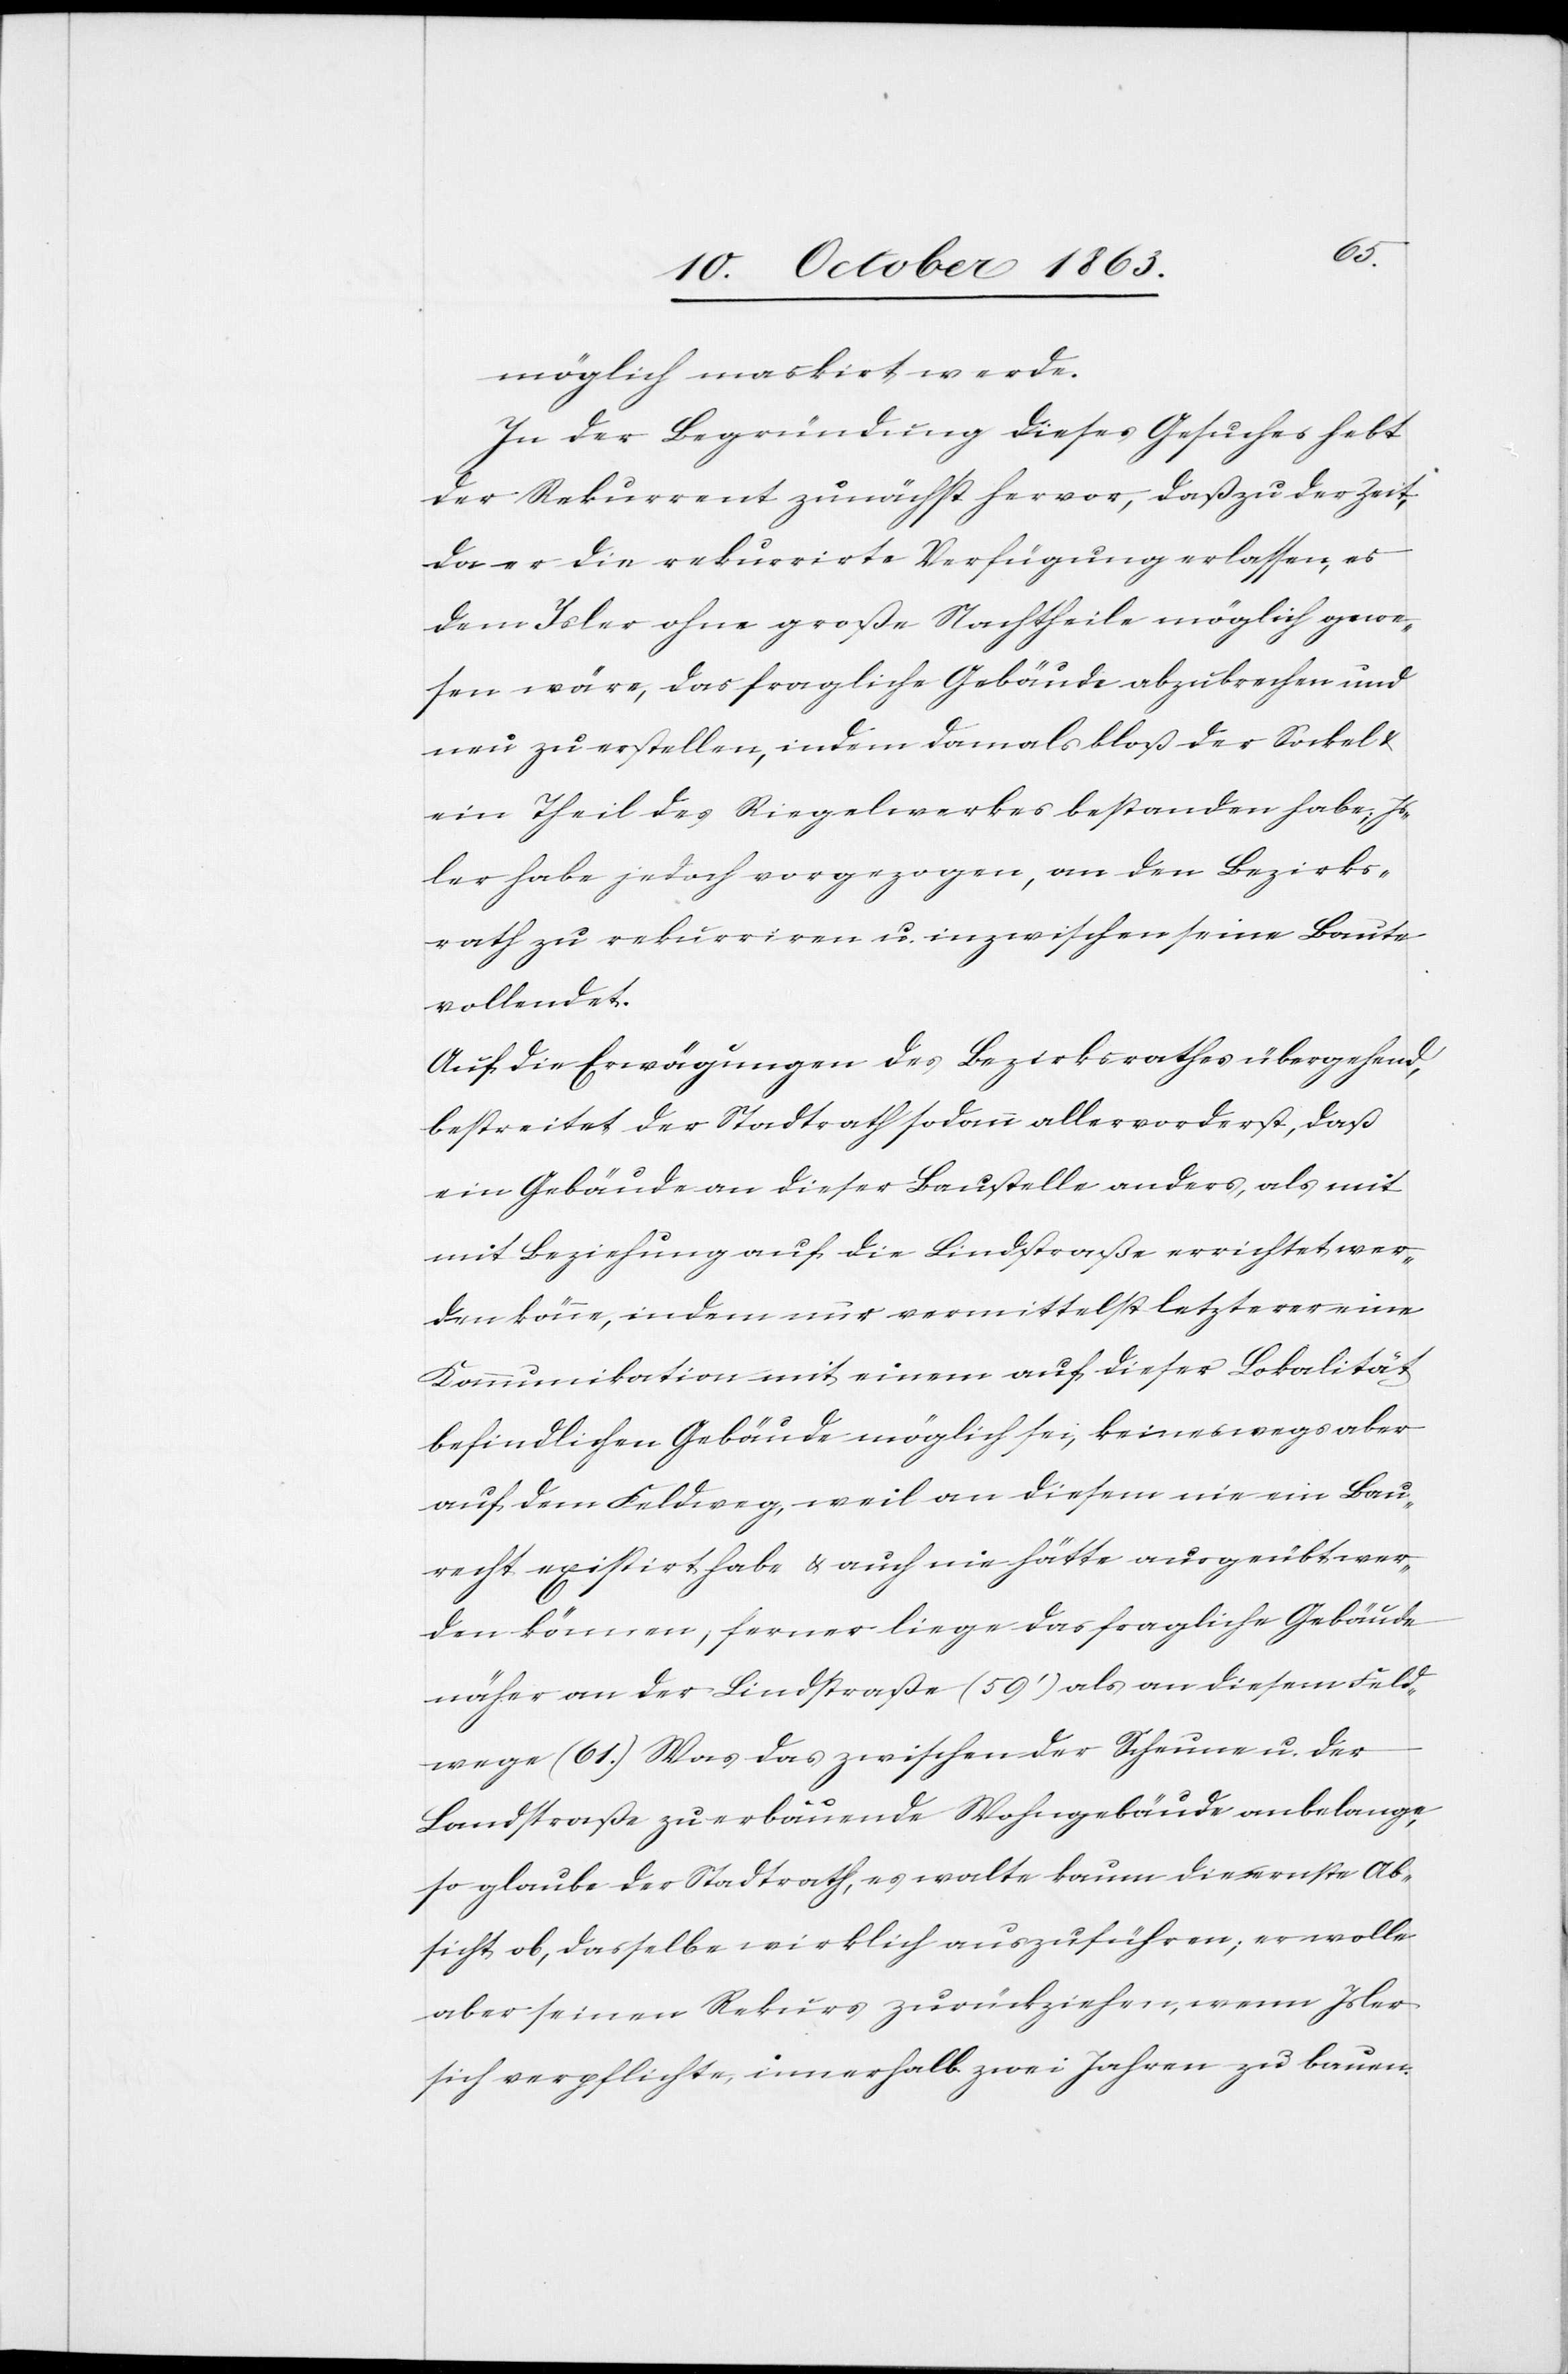
möglich maskirt werde.
In der Begründung dieses Gesuches hebt
der Rekurrent zunächst hervor, daß zu der Zeit,
da er die rekurrirte Verfügung erlassen, es
dem Isler ohne große Nachtheile möglich gewe¬
sen wäre, das fragliche Gebäude abzubrechen und
neu zu erstellen, indem damals bloß der Sockel &
ein Theil des Riegelwerkes bestanden habe; Is¬
ler habe jedoch vorgezogen, an den Bezirks¬
rath zu rekurriren u. inzwischen seine Baute
vollendet.
Auf die Erwägungen des Bezirksrathes übergehend,
bestreitet der Stadtrath sodann allervorderst, daß
ein Gebäude an dieser Baustelle anders, als m¬
it Beziehung auf die Lindstraße errichtet wer¬
den könne, indem nur vermittelst letzterer eine
Kommunikation mit einem auf dieser Lokalität
befindlichen Gebäude möglich sei, keineswegs aber
auf dem Feldweg, weil an diesem nie ein Bau¬
recht existirt habe & auch nie hätte ausgeübt wer¬
den können, ferner liege das fragliche Gebäude
näher an der Lindstraße (59') als an diesem Feld¬
wege (61.) Was das zwischen der Scheune u. der
Landstraße zu erbauende Wohngebäude anbelange,
so glaube der Stadtrath, es walte kaum die ernste Ab¬
sicht ob, dasselbe wirklich auszuführen; er wolle
aber seinen Rekurs zurückziehen, wenn Isler
sich verpflichte, innerhalb zwei Jahren zu bauen.